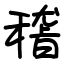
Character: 𥡴